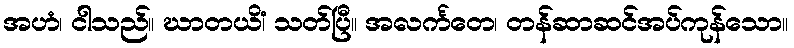
အဟံ၊ ငါသည်။ ဃာတယိံ၊ သတ်ပြီ။ အလင်္ကတေ၊ တန်ဆာဆင်အပ်ကုန်သော။